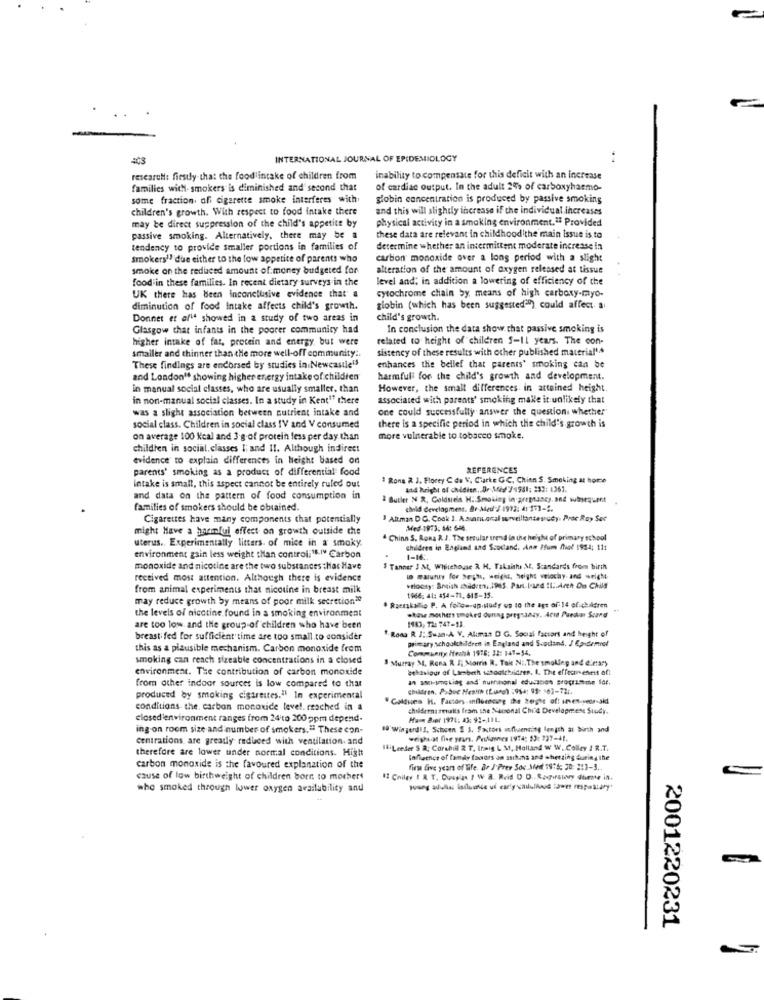
INTERNATIONAL JOURNAL OF EPIDEMIOLOGY
research: firstly that the food intake of children from
inability to compensate for this deficit with an increase
families with- smokers is diminished and second that
of cardiac output. In the adult 24% of carboxyhaemo-
some fraction, ofi cigarette smoke interferes with
globin concentration is produced by passive smoking
children's growth. With respect to food intake there
and this will slightly increase if the individual increases
physical activity in a smoking environment. " Provided
may be direct suppression of the child's appetite by
passive smoking. Alternatively, there may be a
these data are relevant in childhood the main Issue is.to
tendency to provide smaller portions in families of
determine whether an intermittent moderate increase in
Smokers" due either to the low appetite of parents who
carbon monoxide over a long period with a slight
smoke on the reduced amount of money budgeted for
alteration of the amount of oxygen released at tissue
food in these families. In recent dietary surveys in the
level and; in addition a lowering of efficiency of the
UK there has been inconclusive evidence that a
cytochrome chain by means of high carboxy-mayo-
diminution of food intake affects child's growth.
globin (which has been suggested ) could affect a
Donner et al" showed in a study of two areas in
child's growth.
Glasgow that infants in the poorer community had
In conclusion the data show that passive smoking is
higher intake of far, protein and energy but were
related to height of children 5-Il years. The con-
sistency of these results with other published material's
smaller and thinner than the more well-off community ..
These findings are endorsed by studies in.Newcastle!
enhances the bellef that parents' smoking can be
and London" showing higher energy intake of children
harmfuli for the child's growth and development.
in manual social classes, who are usually smaller. than
However, the small differences in attained height.
in non-manual social classes. In a study in Kent" there
associated with parents' smoking make it unlikely that
was a slight association between nutrient intake and
one could successfully answer the question whether
social class. Children in social class IV and V consumed
there is a specific period in which the child's growth is
on average 100 Kcal and 3.g.of protein fess per day than
more vulnerable to tobacco smoke.
children in social. classes I; and 11. Although indirect
evidence to explain differences in Height based on
parents' smoking as a product of differential food
REFERENCES
1 Rona R J. Flocey C de V. Clarke GC, Chinn S. Smoking at home
intake is small, this aspect cannot be entirely ruled out
and bright of chidien. Dr Mad'/4581; 233: 1361.
and data on the pattern of food consumption in
& Butler N R, Coldseis H. Smoking in pregnancy, and subsequent
families of smokers should be obtained.
child development. Br-Med / 1992: 4: 271-2.
Cigarettes have many components that potentially
I Altman DG. Cook 1. A.sinnkanal surveillantesruby. Proc Ray Sec
might Have a harmful effect on growth outside che
Med-1973: 64: 644.
uterus .. Experimentally litters. of mice in a smoky.
" Chinn S. Rona R. J. The strular trend la the height of primary school
children in England and Scotland. Anm Ifum for 1954; 111
environment gain less weight than control."."" Carbon
1-16.
monoxide and nicotine are the two substances that Have
" Tanner J ML, Whitehouse R. H. Taksishe M. Scandards from birth
received most attention. Although there is evidence
1 .aunty for Se;h, weight, height velochy- and wright
from animal experiments that nicotine in breast milk
velocity: Satish zhadren ,. 1985. Pan-1-aed IL.Arch On Chils
may reduce growth by means of poor milk secretion"
1966: 41: 454-71, 615-15.
the levels of nicotine found in a smoking environment
. Raeeskallo P. A follow-up.sudy up 10 the age of 14 of children
.have mothers smoked during pregnancy, Acid Puedar Scund
1943, T2 747-11.
are too low and the group of children who have been
".Roas R J; Suan.A. V. Alumas D G. Social factors and height of
breast fed for sufficient time are too small to consider
primary schoolchildren in England and Svodand. / Epidemiol
this as a plausible mechanism. Carbon monoxide from
Community Health 1978: 32: 141-54.
smoking can reach sizeable concentrations in a closed
" Murray 34, Rena R 1; Morris R. Tak NI, The smoking and dietary
environment. The contribution of carbon monoxide
behaviour of Lambeth schoolchidzes. I. The effectiveness of!
an son-smc Liag and' huifthonal education programme for.
from other indoor sources is low compared to thar
children. Pubuc Health (Lung) : 914: 99: 363-72 :.
produced by smoking cigarettes." In experimental
" Coldues H. Factors influenog the koghe oft inen-per-aki
conditions the carbon monoxide level. reached in a
childrensseuils fram the Naisonal Child Development Study.
closed environment ranges from 24ito 200 ppm depend-
ing on room size and number of smokers." These con-
"a Wingerd l. Schoen & S. Factors influencing length at Birth and
centrations are greatly reduced with ventilation. and
weightat five years. Pauliannes INT4: 59: 237-41.
therefore are lower under normal conditions. Hight
14: Leeder S a: Corshill 2 T, Irmig L M, Holland W W, Colley / R.T.
Influence of family favors an asthma and shetting during the
carbon monoxide is the favoured explanation of the
firme five years of life. Br J.Prev Soc Med 1974: 30: 213-3 ..
cause of low birthweight of children born to mothers
12 Chiley I R T. Cousas / W a. Reid D D .. . agoralery dumme in.
who smoked through lower oxygen availability and
2001220231
..